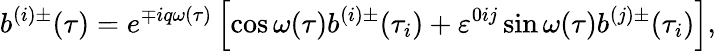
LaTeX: b^{(i)\pm}(\tau)=e^{\mp iq\omega(\tau)}\left[\cos\omega(\tau)b^{(i)\pm}(\tau_{i})+\varepsilon^{0ij}\sin\omega(\tau)b^{(j)\pm}(\tau_{i})\right],